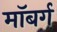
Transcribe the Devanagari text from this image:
माॅबर्ग